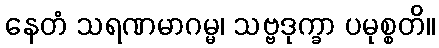
နေတံ သရဏမာဂမ္မ၊ သဗ္ဗဒုက္ခာ ပမုစ္စတိ။